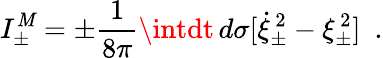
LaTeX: I_{\pm}^{\mathit{M}}=\pm{\frac{{1}}{{8\pi}}}\intdt\, d\sigma[\dot{{\xi}}_{\pm}^{\, 2}-\xi_{\pm}^{\, 2}]~~.